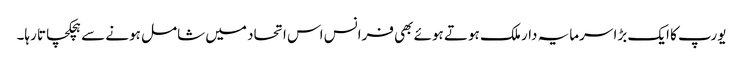
یورپ کا ایک بڑا سرمایہ دار ملک ہوتے ہوئے بھی فرانس اس اتحاد میں شامل ہونے سے ہچکچاتا رہا۔